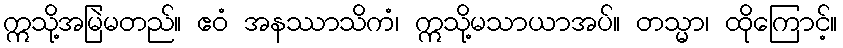
ဣသို့အမြဲမတည်။ ဧဝံ အနဿာသိကံ၊ ဣသို့မသာယာအပ်။ တသ္မာ၊ ထိုကြောင့်။